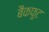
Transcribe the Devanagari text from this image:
बैकफुट